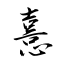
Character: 憙